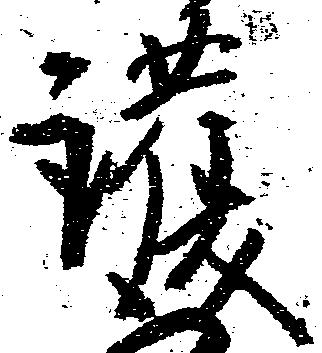
護